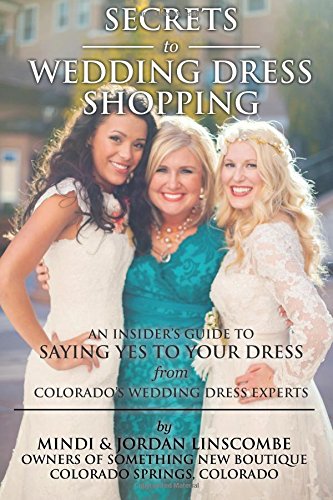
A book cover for Secrets of Wedding Dress Shopping: An Insider's Guide to Saying Yes to Your Dress from Colorado's Wedding Dress Experts; Mindi Linscombe; Crafts, Hobbies & Home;